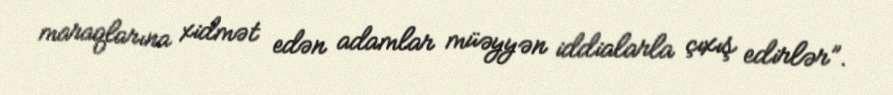
maraqlarına xidmət edən adamlar müəyyən iddialarla çıxış edirlər”.